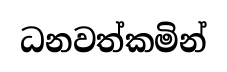
ධනවත්කමින්